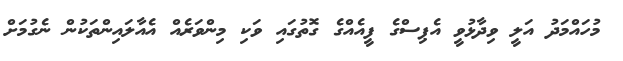
މުހައްމަދު އަލީ ވިދާޅުވީ އެޕިސްގެ ފީއެއްގެ ގޮތުގައި ވަކި މިންވަރެއް އެއާލައިންތަކުން ނެގުމަށް